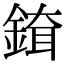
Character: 𨨹